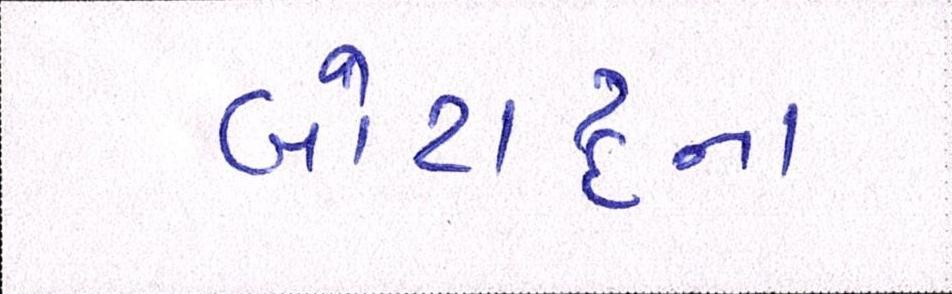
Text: બોટાદના